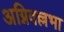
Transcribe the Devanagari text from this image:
अग्निवल्लभा